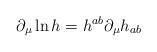
LaTeX: \begin{align*}\partial_{\mu} \ln h =h^{ab} \partial_{\mu} h_{ab}\end{align*}